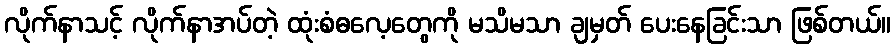
လိုက်နာသင့် လိုက်နာအပ်တဲ့ ထုံးစံဓလေ့တွေကို မသိမသာ ချမှတ် ပေးနေခြင်းသာ ဖြစ်တယ်။